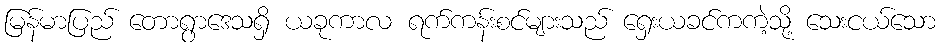
မြန်မာပြည် တောရွာဒေသရှိ ယခုကာလ ရက်ကန်းစင်များသည် ရှေးယခင်ကကဲ့သို့ သေးငယ်သော